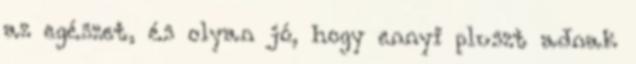
az egészet, és olyan jó, hogy ennyi pluszt adnak